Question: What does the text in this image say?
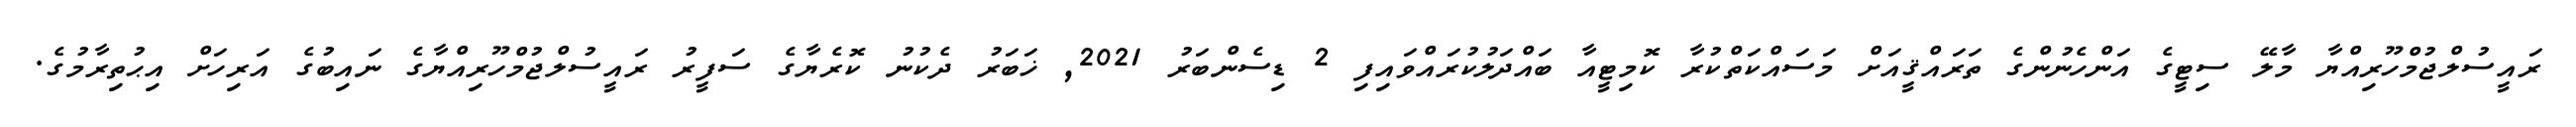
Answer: ރައީސުލްޖުމްހޫރިއްޔާ މާލޭ ސިޓީގެ އަންހެނުންގެ ތަރައްޤީއަށް މަސައްކަތްކުރާ ކޮމިޓީއާ ބައްދަލުކުރައްވައިފި 2 ޑިސެންބަރު 2021, ޚަބަރު ދެކުނު ކޮރެޔާގެ ސަފީރު ރައީސުލްޖުމްހޫރިއްޔާގެ ނައިބުގެ އަރިހަށް އިޙުތިރާމުގެ.